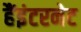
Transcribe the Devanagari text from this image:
हैंइंटरनेट